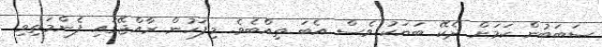
ސަބަބުން ކަމަށް ދެކޭ ބަޔަކު ވެސް އެބަ ތިއްބެވެ. މިފަހުން ރާއްޖޭގައި ފެންމަތިވި